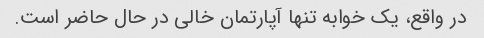
در واقع، یک خوابه تنها آپارتمان خالی در حال حاضر است.